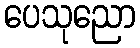
ပေသုညော